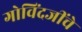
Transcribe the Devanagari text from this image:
गोविंदजींचे